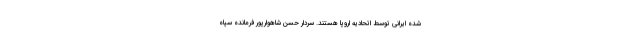
شده ایرانی توسط اتحادیه اروپا هستند. سردار حسن شاهوارپور فرمانده سپاه